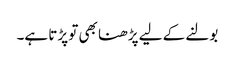
بولنے کے لیے پڑھنا بھی تو پڑتا ہے۔